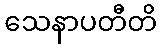
သေနာပတီတိ